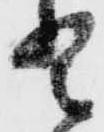
登